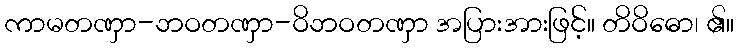
ကာမတဏှာ-ဘဝတဏှာ-ဝိဘဝတဏှာ အပြားအားဖြင့်။ တိဝိဓော၊ ၏။